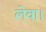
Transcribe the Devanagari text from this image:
लेवा।